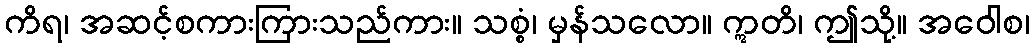
ကိရ၊ အဆင့်စကားကြားသည်ကား။ သစ္စံ၊ မှန်သလော။ ဣတိ၊ ဤသို့။ အဝေါစ၊